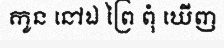
កូន នៅឯ ព្រៃ ពុំ ឃើញ